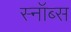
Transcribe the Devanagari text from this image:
स्नॉब्स